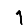
Digit: 1